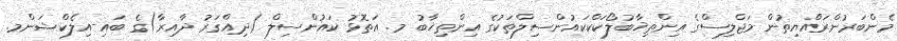
މެންބަރުންރައްޔިތުން މަޖްލިސްގެ އިންތިޚާބުލޯކަކްކައުންސިލްތަކުގެ އިންތިޚާބު މ. އަތޮޅު ކައުންސިލް (ދިއްގަރު ދާއިރާ)ގެ ބައި-އިލެކްޝަންމ.